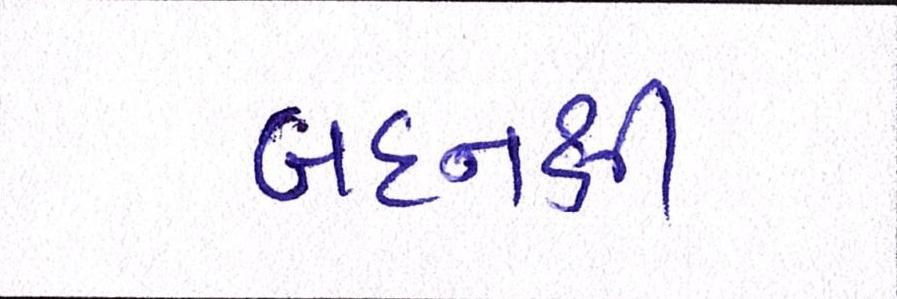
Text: બદનક્ષી